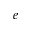
e